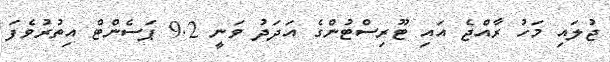
ޖުލައި މަހު ރާއްޖެ އައި ޓޫރިސްޓުންގެ އަދަދު ވަނީ 9.2 ޕަސެންޓް އިތުރުވެފަ